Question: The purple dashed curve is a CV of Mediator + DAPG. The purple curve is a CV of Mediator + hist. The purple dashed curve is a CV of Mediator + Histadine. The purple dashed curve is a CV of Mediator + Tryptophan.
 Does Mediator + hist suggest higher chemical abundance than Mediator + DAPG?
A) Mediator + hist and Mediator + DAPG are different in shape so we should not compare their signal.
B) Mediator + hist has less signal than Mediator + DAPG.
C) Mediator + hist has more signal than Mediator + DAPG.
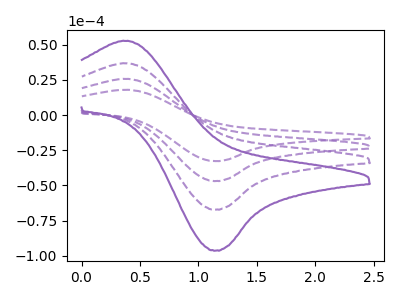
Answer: <think>The purple dashed curve "Mediator + DAPG" has an anodic peak at (0.40V, 36.70uA) and a cathodic peak at (1.15V, -67.20uA). The purple curve "Mediator + hist" has an anodic peak at (0.40V, 52.60uA) and a cathodic peak at (1.15V, -96.30uA). The purple dashed curve "Mediator + Histadine" has an anodic peak at (0.40V, 73.40uA) and a cathodic peak at (1.15V, -134.40uA). The purple dashed curve "Mediator + Tryptophan" has an anodic peak at (0.40V, 110.15uA) and a cathodic peak at (1.15V, -201.60uA).
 All the peaks in "Mediator + hist" have a peak in "Mediator + DAPG" at the same potential. Every peak in "Mediator + hist" is higher than every peak in "Mediator + DAPG".</think>
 <answer>C) "Mediator + hist" has more signal than "Mediator + DAPG".</answer>
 <eval>C</eval>